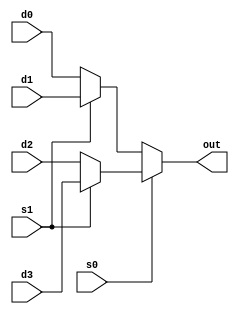
module mux4_1(d0,d1,d2,d3,s0,s1,out);

input d0,d1,d2,d3;
input s0,s1;
output out;

assign out = s0?(s1?d3:d2):(s1?d1:d0);

endmodule
module test;
reg d0,d1,d2,d3,s0,s1;
wire out;
mux4_1 set(d0,d1,d2,d3,s0,s1,out);
initial 
$monitor("d0=%b,d1=%b,d2=%b,d3=%b,s0=%b,s1=%b,out=%b",d0,d1,d2,d3,s0,s1,out);
initial begin 
d0=1'b1;d1=1'b1;d2=1'b0;d3=1'b1;s0=1'b0;s1=1'b1;
end 
endmodule